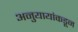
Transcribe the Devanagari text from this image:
अनुयायांकडून